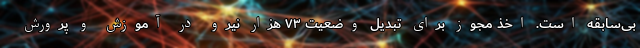
بی‌سابقه است. اخذ مجوز برای تبدیل وضعیت ۷۳ هزار نیرو در آموزش و پرورش